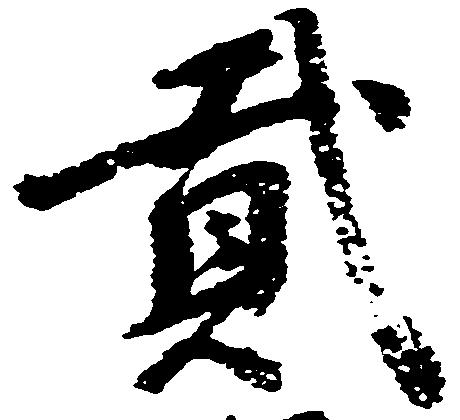
弐